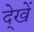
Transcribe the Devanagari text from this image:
दे्खें